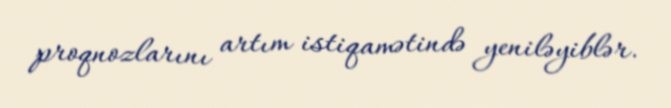
proqnozlarını artım istiqamətində yeniləyiblər.